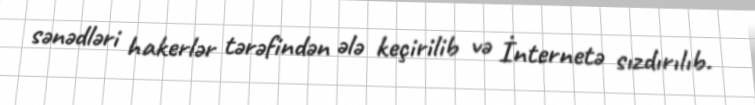
sənədləri hakerlər tərəfindən ələ keçirilib və İnternetə sızdırılıb.